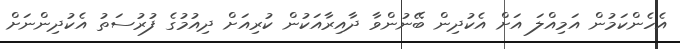
އެހެންކަމުން އަމިއްލަ އަށް އެކުދިން ބޭނުންވާ ދާއިރާއަކުން ކުރިއަށް ދިއުމުގެ ފުރުސަތު އެކުދިންނަށް